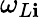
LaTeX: \omega_{L\mathbf{i}}